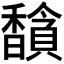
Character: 𬳦